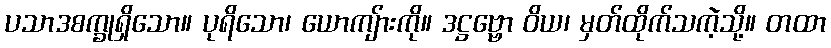
ပသာဒစက္ခုရှိသော။ ပုရိသော၊ ယောကျ်ားကို။ ဒဋ္ဌဗ္ဗော ဝိယ၊ မှတ်ထိုက်သကဲ့သို့။ တထာ